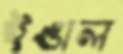
ইঙাল